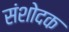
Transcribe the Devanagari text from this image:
संशोदक